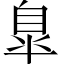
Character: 臯